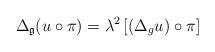
LaTeX: \begin{align*}\Delta_{\mathfrak{g}}(u\circ\pi)=\lambda^{2}\left[ (\Delta_{g}u)\circ\pi\right]\end{align*}